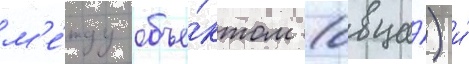
м'е́жду объе́ктом (овца́) и́